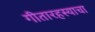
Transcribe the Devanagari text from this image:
गीतारहस्याचा